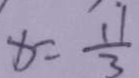
x = \frac { 1 1 } { 3 }